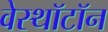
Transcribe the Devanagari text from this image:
वेस्थॉटॉन